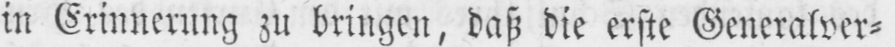
in Erinnerung zu bringen, daß die erste Generalver⸗